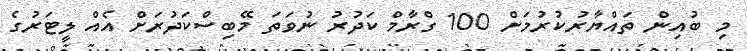
މި ބުއިން ތައްޔާރުކުރުމަށް 100 ގްރާމް ކަދުރު ނުވަތަ މޭބިސްކަދުރަށް އެއް ލީޓަރުގެ